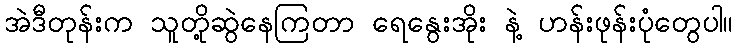
အဲဒီတုန်းက သူတို့ဆွဲနေကြတာ ရေနွေးအိုး နဲ့ ဟန်းဖုန်းပုံတွေပါ။